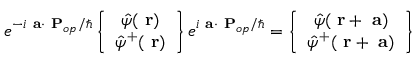
e ^ { - i \mathrm { \bf ~ a } \cdot \mathrm { \bf ~ P } _ { o p } / \hbar } \left\{ \begin{array} { c } { \hat { \psi } ( \mathrm { \bf ~ r } ) } \\ { \hat { \psi } ^ { + } ( \mathrm { \bf ~ r } ) } \end{array} \right\} e ^ { i \mathrm { \bf ~ a } \cdot \mathrm { \bf ~ P } _ { o p } / \hbar } = \left\{ \begin{array} { c } { \hat { \psi } ( \mathrm { \bf ~ r } + \mathrm { \bf ~ a } ) } \\ { \hat { \psi } ^ { + } ( \mathrm { \bf ~ r } + \mathrm { \bf ~ a } ) } \end{array} \right\}